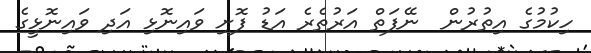
ހިކުމުގެ އިތުރުން  ނޭފަތް އަރުތެރެ އަޑު ފޮށި ވައިނޮޅި އަދި ވައިނޮޅީގެ